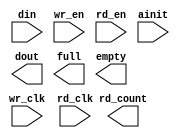
module outputfifo (
	din,
	wr_en,
	wr_clk,
	rd_en,
	rd_clk,
	ainit,
	dout,
	full,
	empty,
	rd_count);

input [7 : 0] din;
input wr_en;
input wr_clk;
input rd_en;
input rd_clk;
input ainit;
output [7 : 0] dout;
output full;
output empty;
output [6 : 0] rd_count;

// synopsys translate_off

	ASYNC_FIFO_V6_0 #(
		8,	// c_data_width
		0,	// c_enable_rlocs
		127,	// c_fifo_depth
		0,	// c_has_almost_empty
		0,	// c_has_almost_full
		0,	// c_has_rd_ack
		1,	// c_has_rd_count
		0,	// c_has_rd_err
		0,	// c_has_wr_ack
		0,	// c_has_wr_count
		0,	// c_has_wr_err
		0,	// c_rd_ack_low
		7,	// c_rd_count_width
		0,	// c_rd_err_low
		1,	// c_use_blockmem
		0,	// c_wr_ack_low
		2,	// c_wr_count_width
		0)	// c_wr_err_low
	inst (
		.DIN(din),
		.WR_EN(wr_en),
		.WR_CLK(wr_clk),
		.RD_EN(rd_en),
		.RD_CLK(rd_clk),
		.AINIT(ainit),
		.DOUT(dout),
		.FULL(full),
		.EMPTY(empty),
		.RD_COUNT(rd_count),
		.ALMOST_FULL(),
		.ALMOST_EMPTY(),
		.WR_COUNT(),
		.RD_ACK(),
		.RD_ERR(),
		.WR_ACK(),
		.WR_ERR());


// synopsys translate_on

endmodule